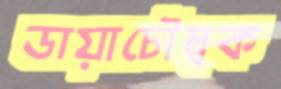
ডায়াচৌম্বক